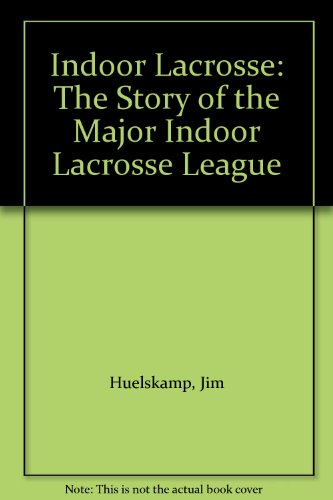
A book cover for Indoor Lacrosse: The Story of the Major Indoor Lacrosse League; Jim Huelskamp; Sports & Outdoors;